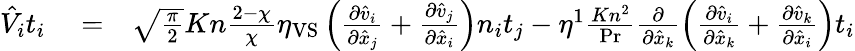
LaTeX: \begin{array}{rlr}{\hat{V}_{i}t_{i}}&{{}=}&{\sqrt{\frac{\pi}{2}}Kn\frac{2-\chi}{\chi}\eta_{\mathrm{VS}}\left(\frac{\partial\hat{v}_{i}}{\partial\hat{x}_{j}}+\frac{\partial\hat{v}_{j}}{\partial\hat{x}_{i}}\right)n_{i}t_{j}-\eta^{1}\frac{Kn^{2}}{\operatorname*{Pr}}\frac{\partial}{\partial\hat{x}_{k}}\left(\frac{\partial\hat{v}_{i}}{\partial\hat{x}_{k}}+\frac{\partial\hat{v}_{k}}{\partial\hat{x}_{i}}\right)t_{i}}\end{array}